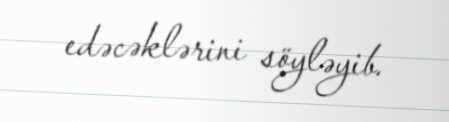
edəcəklərini söyləyib.